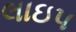
લાઇપ